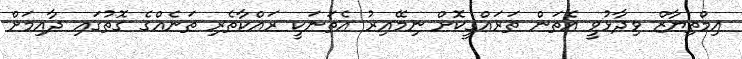
އިމްތިޔާޒް ވިދާޅުވީ އެތަން ތަރައްގީކޮށް ނިމޭއިރު އެތަނަކީ ރައްކާތެރި ތަނެއްގެ ގޮތުގައި ދާއިމަށް